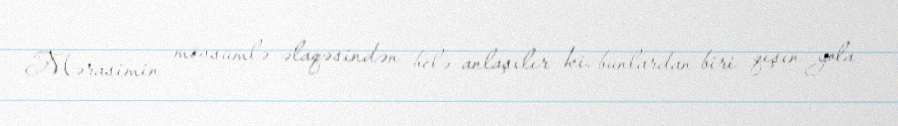
Mərasimin mövsümlə əlaqəsindən belə anlaşılır ki, bunlardan biri qışın yola